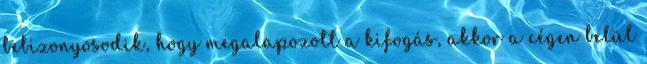
bebizonyosodik, hogy megalapozott a kifogás, akkor a cégen belül